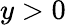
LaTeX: y>0